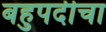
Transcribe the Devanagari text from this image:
बहुपदीचा